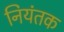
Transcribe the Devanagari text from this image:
नियंतक